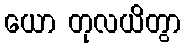
ယော တုလယိတွာ